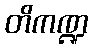
တိကဏ္ဍ